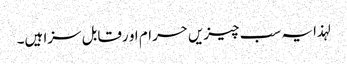
لہذا یہ سب چیزیں حرام او رقابل سزا ہیں۔